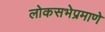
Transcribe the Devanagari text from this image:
लोकसभेप्रमाणे